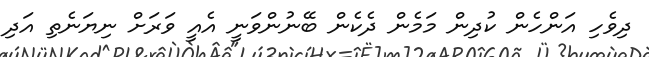
ދިވެހި އަންހެން ކުދިން މަމެން ދެކެން ބޭނުންވަނީ އެއީ ވަރަށް ނިޔަނެތި އަދި